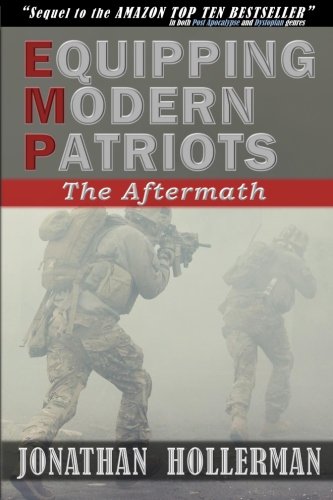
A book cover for EMP: Equipping Modern Patriots: The Aftermath (Volume 2); Jonathan Hollerman; Science Fiction & Fantasy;